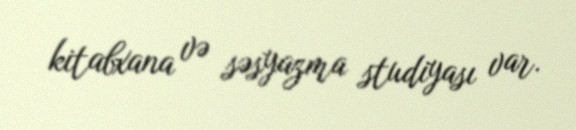
kitabxana və səsyazma studiyası var.